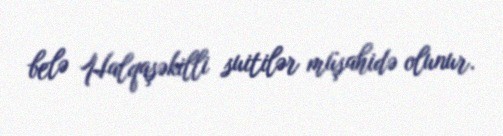
belə Halqaşəkilli suitilər müşahidə olunur.